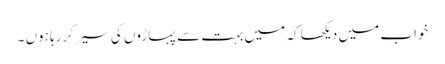
خواب میں دیکھا کہ میں بہت سے پہاڑوں کی سیر کر رہا ہوں ۔